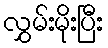
လွှမ်းမိုးပြီး